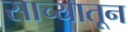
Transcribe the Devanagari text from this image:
साच्यातून